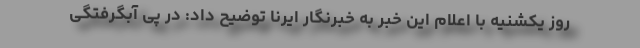
روز یکشنیه با اعلام این خبر به خبرنگار ایرنا توضیح داد: در پی آبگرفتگی